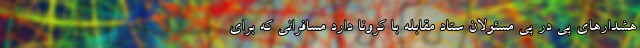
هشدار‌های پی در پی مسئولان ستاد مقابله با کرونا دارد مسافرانی که برای